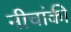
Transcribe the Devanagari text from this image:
नीचांकी